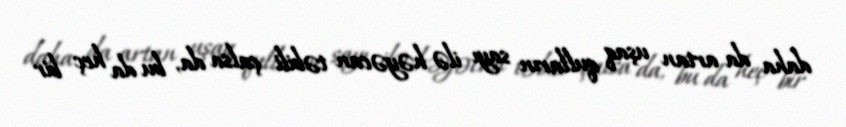
daha da artan uşaq qulların sayı ilə həyəcan təbili çalsa da, bu da heç bir